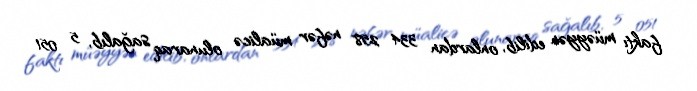
faktı müəyyən edilib, onlardan 334 258 nəfər müalicə olunaraq sağalıb, 5 051